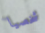
شخصيا